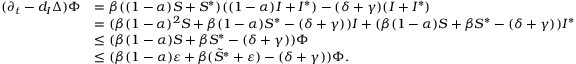
\begin{array} { r l } { ( \partial _ { t } - d _ { I } \Delta ) \Phi } & { = \beta ( ( 1 - \alpha ) S + S ^ { * } ) ( ( 1 - \alpha ) I + I ^ { * } ) - ( \delta + \gamma ) ( I + I ^ { * } ) } \\ & { = ( \beta ( 1 - \alpha ) ^ { 2 } S + \beta ( 1 - \alpha ) S ^ { * } - ( \delta + \gamma ) ) I + ( \beta ( 1 - \alpha ) S + \beta S ^ { * } - ( \delta + \gamma ) ) I ^ { * } } \\ & { \le ( \beta ( 1 - \alpha ) S + \beta S ^ { * } - ( \delta + \gamma ) ) \Phi } \\ & { \le ( \beta ( 1 - \alpha ) \varepsilon + \beta ( \tilde { S } ^ { * } + \varepsilon ) - ( \delta + \gamma ) ) \Phi . } \end{array}